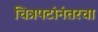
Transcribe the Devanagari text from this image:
चित्रपटांनंतरचा